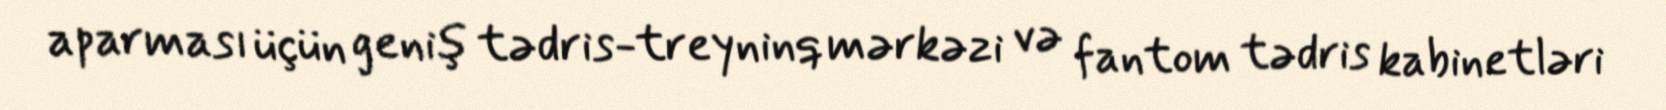
aparması üçün geniş tədris-treyninq mərkəzi və fantom tədris kabinetləri